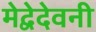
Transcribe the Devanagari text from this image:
मेद्वेदेवनी